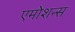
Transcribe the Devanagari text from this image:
एमोशन्स